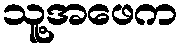
သူ့အဖေက